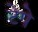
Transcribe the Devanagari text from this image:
टेपे